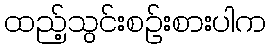
ထည့်သွင်းစဉ်းစားပါက